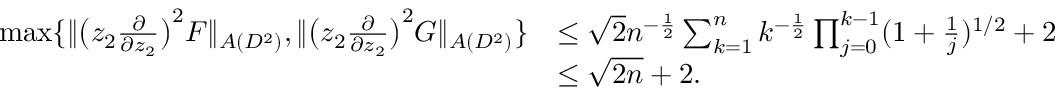
\begin{array} { r l } { \operatorname* { m a x } \{ \| \big ( z _ { 2 } \frac { \partial } { \partial z _ { 2 } } \big ) ^ { 2 } F \| _ { A ( D ^ { 2 } ) } , \| \big ( z _ { 2 } \frac { \partial } { \partial z _ { 2 } } \big ) ^ { 2 } G \| _ { A ( D ^ { 2 } ) } \} } & { \leq \sqrt { 2 } n ^ { - \frac { 1 } { 2 } } \sum _ { k = 1 } ^ { n } k ^ { - \frac { 1 } { 2 } } \prod _ { j = 0 } ^ { k - 1 } ( 1 + \frac { 1 } { j } ) ^ { 1 / 2 } + 2 } \\ & { \leq \sqrt { 2 n } + 2 . } \end{array}